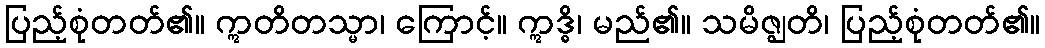
ပြည့်စုံတတ်၏။ ဣတိတသ္မာ၊ ကြောင့်။ ဣဒ္ဓိ၊ မည်၏။ သမိဇ္ဈတိ၊ ပြည့်စုံတတ်၏။